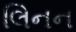
લિનન